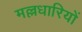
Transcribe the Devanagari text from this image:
मल्लधारियों